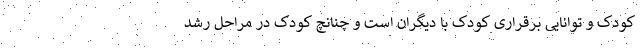
کودک و توانایی برقراری کودک با دیگران است و چنانچ کودک در مراحل رشد